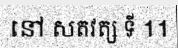
នៅ សតវត្ស ទី 11